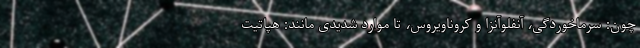
چون: سرماخوردگی، آنفلوآنزا و کروناویروس، تا موارد شدیدی مانند: هپاتیت